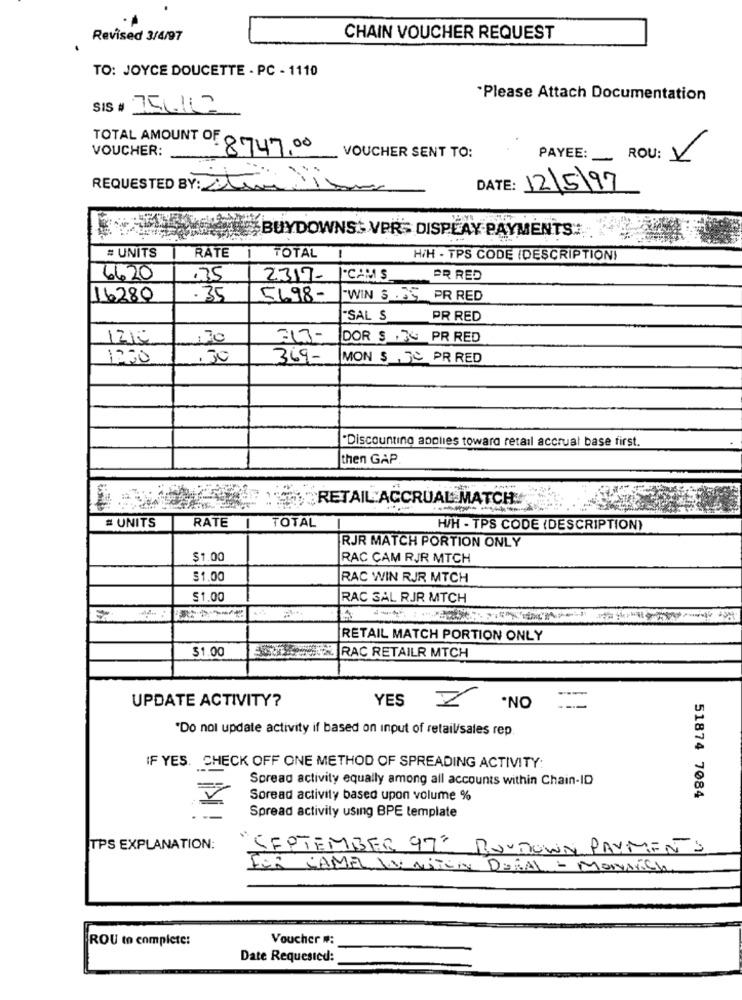
Revised 3/4/97
CHAIN VOUCHER REQUEST
TO: JOYCE DOUCETTE - PC - 1110
"Please Attach Documentation
SIS # 356.162
VOUCHER:
TOTAL AMOUNT OF 8747.00
VOUCHER SENT TO:
PAYEE:
ROU: V
REQUESTED BY: Dtimi
DATE: 12/5/97
WEBUYDOWNS+ VPR'S DISPLAY PAYMENTS:
# UNITS
RATE
-
TOTAL
H/H - TPS CODE (DESCRIPTION)
6620
.35
2317-
CAMIS
ER RED
16280
.35
5698-
TWIN $ .75 PR RED
"SAL S
PR RED
1210
,70
313-
DOR $ . 34 PR RED
1200
.30
369-
MON $ 30 PR RED
"Discounting applies toward retail accrual base first.
then GAP
RETAIL ACCRUAL MATCH
RATE
TOTAL
# UNITS
H/H - TPS CODE (DESCRIPTION)
RJR MATCH PORTION ONLY
$1.00
RAC CAM RJR MTCH
$1.00
RAC WIN RJR MTCH
$1.00
RAC SAL RJR MTCH
RETAIL MATCH PORTION ONLY
$1.00
RAC RETAILR MTCH
UPDATE ACTIVITY?
YES Z
.NO
"Do nol update activity if based on input of retail/sales rep
Kli
IF YES. CHECK OFF ONE METHOD OF SPREADING ACTIVITY:
Spread activity equally among all accounts within Chain-ID
Soread activity based upon volume %
51874 7084
Spread activity using BPE template
TPS EXPLANATION:
"SEPTEMBER 97" RUNDOWN PAYMENTS
FOR CAMEL WY NTON DORAL - MONAich
ROU to complete:
Voucher #:
Date Requested: